Sanitation, dispensaries and jails vaccination Rajputana 1922-1927 - 1922-1927
Year: 1922
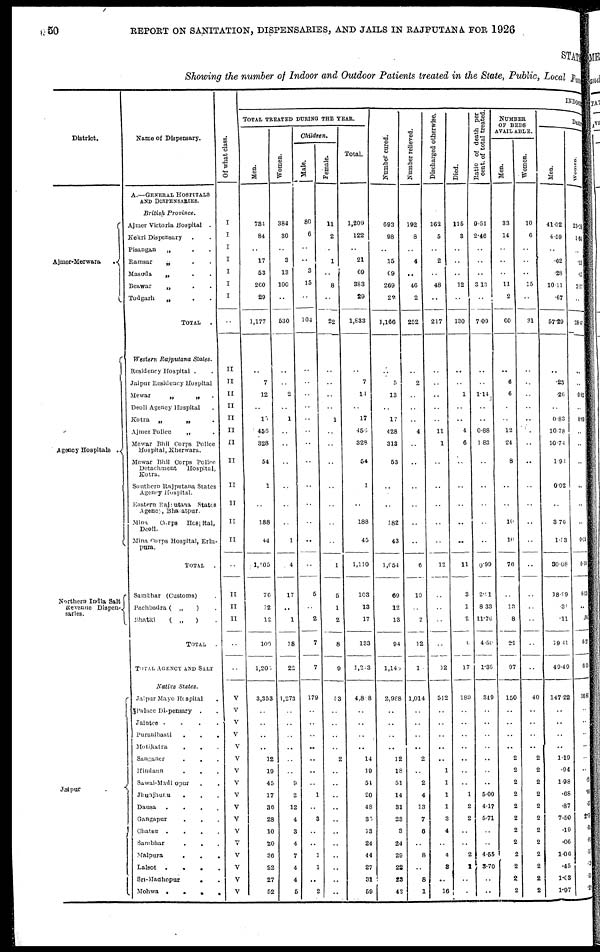
50
REPORT ON SANITATION, DISPENSARIES, AND JAILS IN RAJPUTANA FOR 1926
STATE
Showing the number of Indoor and Outdoor Patients treated in the State, Public, Local Fund
District.
Ajmer-Merwara
.
Agency Hospitals .
Northern India Salt
Revenue Dispen¬
saries.
Jaipur
.
Name of Dispensary.
A.—GENERAL HOSPITALS
AND DISPENSARIES.
British
Province.
Ajmer Victoria Hospital .
Kekri Dispensary . .
Pisangan
„ . .
Ramsar
„ . .
Masuda
„ . .
Beawar
„ . .
Todgarh
„ . .
TOTAL
Western Rajpulana
Slates.
Residency Hospital .
Jaipur Residency Hospital
Mewar
„
„
.
Deoli Agency Hospital .
Kotra
„ „ .
Ajmer Police
„ .
Mewar Bhil Corps Police . Hospital, Kherwara.
Mewar Bhil Corps Police . Detachment
Hospital,
Kotra.
Southern Rnjputana States
Agency Hospital.
Eastern Rajputana
States
Agency Bharatpur.
Mina
Corps
Hosipital,
Deoli.
Mina Corps Hospital, Erin¬
pura.
TOTAL .
Sambhar (Customs) .
Pachbadra ( „
) .
Bhatki
( „
) .
TOTAL .
TOTAL AGENCY AND SALT
Native
States.
Jaipur Mayo Hospilal.
Palace Dispensary
. .
Jaintee .
.
.
.
Puranibasti
.
.
.
Motikatra
.
. .
Sanganer . . .
Hindaun . . .
Sawai-Madhopur . .
Jhunjhunu . . .
Dausa
. . . .
Gangapur . . .
Chatsu
.
.
.
.
Sambhar . . .
Malpura
.
.
.
Lalsot
. . . .
Sri-Madhopur
. .
Mohwa
.
.
.
.
Of what class.
I
I
I
I
I
I
I
..
II
II
II
II
II
II
II
II
II
II
II
II
..
II
II
II
..
..
V
V
V
V
V
V
V
V
V
V
V
V
V
V
V
V
V
INDOOR
TOTAL TREATED DURING THE YEAR.
Men.
734
84
..
17
53
260
29
1,177
7
12
..
15
456
328
54
1
..
188
44
1,505
76
12
12
100
1,205
3,353
..
..
..
..
12
19
45
17
36
28
10
20
36
22
27
52
Women.
384
30
..
3
13
100
..
530
..
2
..
1
..
..
..
..
..
..
1
4
17
..
1
18
22
1,273
..
..
..
..
..
..
9
2
12
4
3
4
7
4
4
5
Children.
Male.
80
6
..
..
3
15
..
104
..
..
..
..
..
..
..
..
..
..
..
..
5
..
2
7
7
179
..
..
..
..
..
..
..
1
..
3
..
..
1
1
..
2
Female.
11
2
..
1
..
8
..
22
..
..
..
1
..
..
..
..
..
..
1
5
1
2
8
9
83
..
..
..
..
2
..
..
..
..
..
..
..
..
..
..
..
Total.
1,209
122
..
21
69
383
29
1,833
7
14
..
17
456
328
54
1
..
188
45
1,110
103
13
17
133
1,213
4,818
..
..
..
..
14
19
51
20
48
35
13
24
44
27
31
59
Number cured.
693
98
..
15
69
269
22
1,166
5
13
..
17
428
313
53
..
..
182
43
l,054
69
12
13
94
1,143
2,988
..
..
..
..
12
18
51
14
31
23
3
24
29
22
23
42
Number relieved.
192
8
..
4
..
46
2
252
2
..
..
..
4
..
..
..
..
..
..
6
10
..
2
12
10
1,014
..
..
..
..
2
..
2
4
13
7
6
..
8
..
8
1
Discharged otherwise.
162
5
..
2
..
48
..
217
..
..
..
..
11
1
..
..
..
..
..
12
..
..
..
..
12
512
..
..
..
..
..
1
1
1
1
3
4
..
4
3
..
16
Died.
115
3
..
..
..
12
..
130
..
1
..
..
4
6
..
..
..
..
..
11
3
1
2
6
17
189
..
..
..
..
..
..
..
1
2
2
..
..
2
1
..
..
Ratio of death per
cent. of total treated.
9.51
2.46
..
..
..
3.13
..
7.09
..
1.14
..
..
0.88
1.83
..
..
..
..
..
0.09
2.9l
8.33
11.76
4.50
1.36
319
..
..
..
..
..
..
..
5.00
4.17
5.71
..
..
4.55
3.70
..
..
NUMBER
OF BEDS
AVAILABLE.
Men.
33
14
..
..
..
11
2
60
6
6
..
..
12
24
8
..
..
10
10
76
..
13
8
2.1
97
150
..
..
..
..
2
2
2
2
2
2
2
2
2
2
2
2
Women.
10
6
..
..
..
15
..
31
..
..
..
..
..
..
..
..
..
..
..
..
..
..
..
..
..
40
..
..
..
..
2
2
2
2
2
2
2
2
2
2
2
2
DAILY
Men.
41.02
4.59
..
.62
.28
10.11
.67
57.29
.23
.26
..
0.83
10.78
10.74
1.93
0.02
..
3.76
1.53
30.08
18.99
.31
.11
19.41
49.49
147.22
..
..
..
..
1.19
.94
1.98
.68
.87
7.50
.19
.06
1.06
.45
l.03
1.97
Women.
23.28
1.64
..
.11
.62
2.77
..
28.47
..
0. 02
..
0. 09
..
..
..
..
..
..
0. 03
0.14
6.20
..
. 01
6. 21
6.35
36.84
..
..
..
..
..
..
.21
. 04
.37
2.00
.04
.04
. 17
.
13
. 11
.23